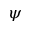
\psi